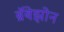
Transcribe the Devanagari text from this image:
ब्रॅबेझोन